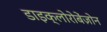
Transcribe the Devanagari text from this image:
डाइक्लोरोबेंज़ोन